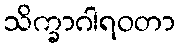
သိက္ခာဂါရဝတာ